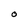
Character: O